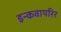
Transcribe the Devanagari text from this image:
इन्कवायरिर